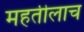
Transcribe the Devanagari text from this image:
महतीलाच